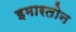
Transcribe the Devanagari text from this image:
इमारतोन